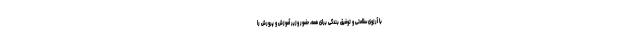
با آرزوی سلامتی و توفیق بندگی برای همه، حضور وزیر آموزش و پرورش را